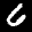
Label: 6